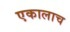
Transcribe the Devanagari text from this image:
एकालाच